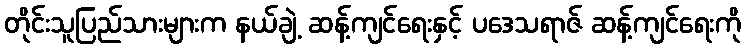
တိုင်းသူပြည်သားများက နယ်ချဲ့ ဆန့်ကျင်ရေးနှင့် ပဒေသရာဇ် ဆန့်ကျင်ရေးကို